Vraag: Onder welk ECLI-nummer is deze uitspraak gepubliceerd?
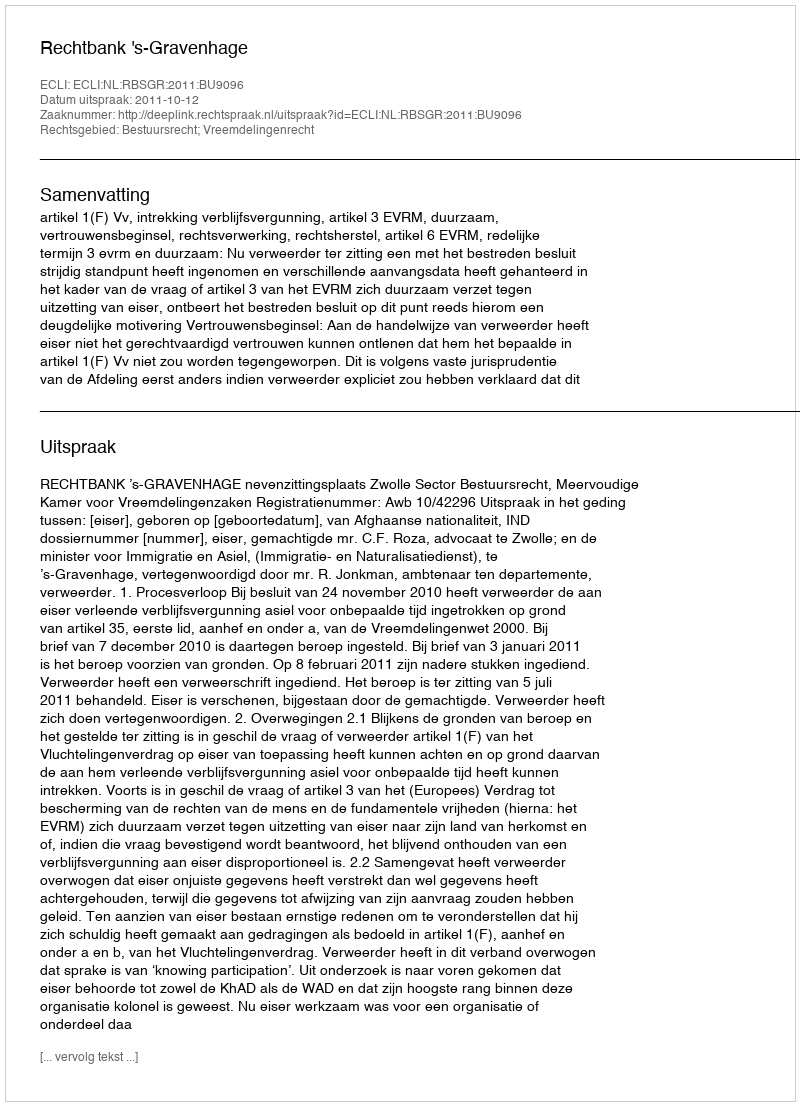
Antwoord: ECLI:NL:RBSGR:2011:BU9096